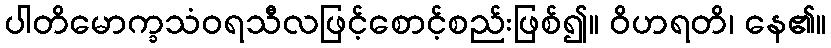
ပါတိမောက္ခသံဝရသီလဖြင့်စောင့်စည်းဖြစ်၍။ ဝိဟရတိ၊ နေ၏။